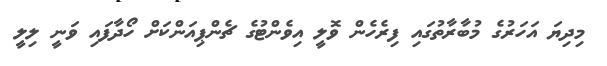
މިދިޔަ އަހަރުގެ މުބާރާތުގައި ފިރެހެން ވޮލީ އިވެންޓުގެ ޗެންޕިއަންކަށް ހޯދާފައި ވަނީ ލިލީ